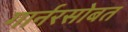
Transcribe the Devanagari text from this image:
गार्नरसोबत